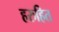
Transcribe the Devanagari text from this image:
हरुहित